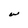
Character: W